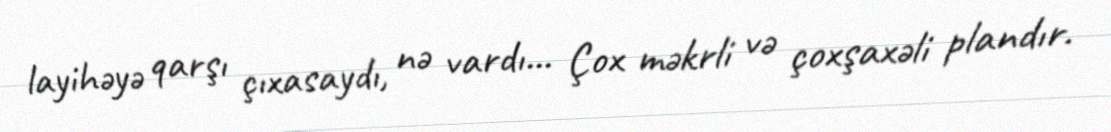
layihəyə qarşı çıxasaydı, nə vardı... Çox məkrli və çoxşaxəli plandır.